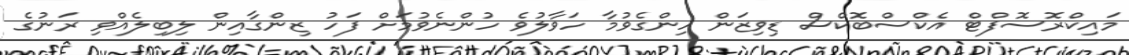
މައިކްރޮސޮފްޓް އެކްސްބޮކްސް ޑިވިޒަން ހިންގެވުމާ ހަވާލުވެ ހުންނެވުމަށް ފަހު ޒިންގާއިން ލިބިލެއްވި ރަނުގެ